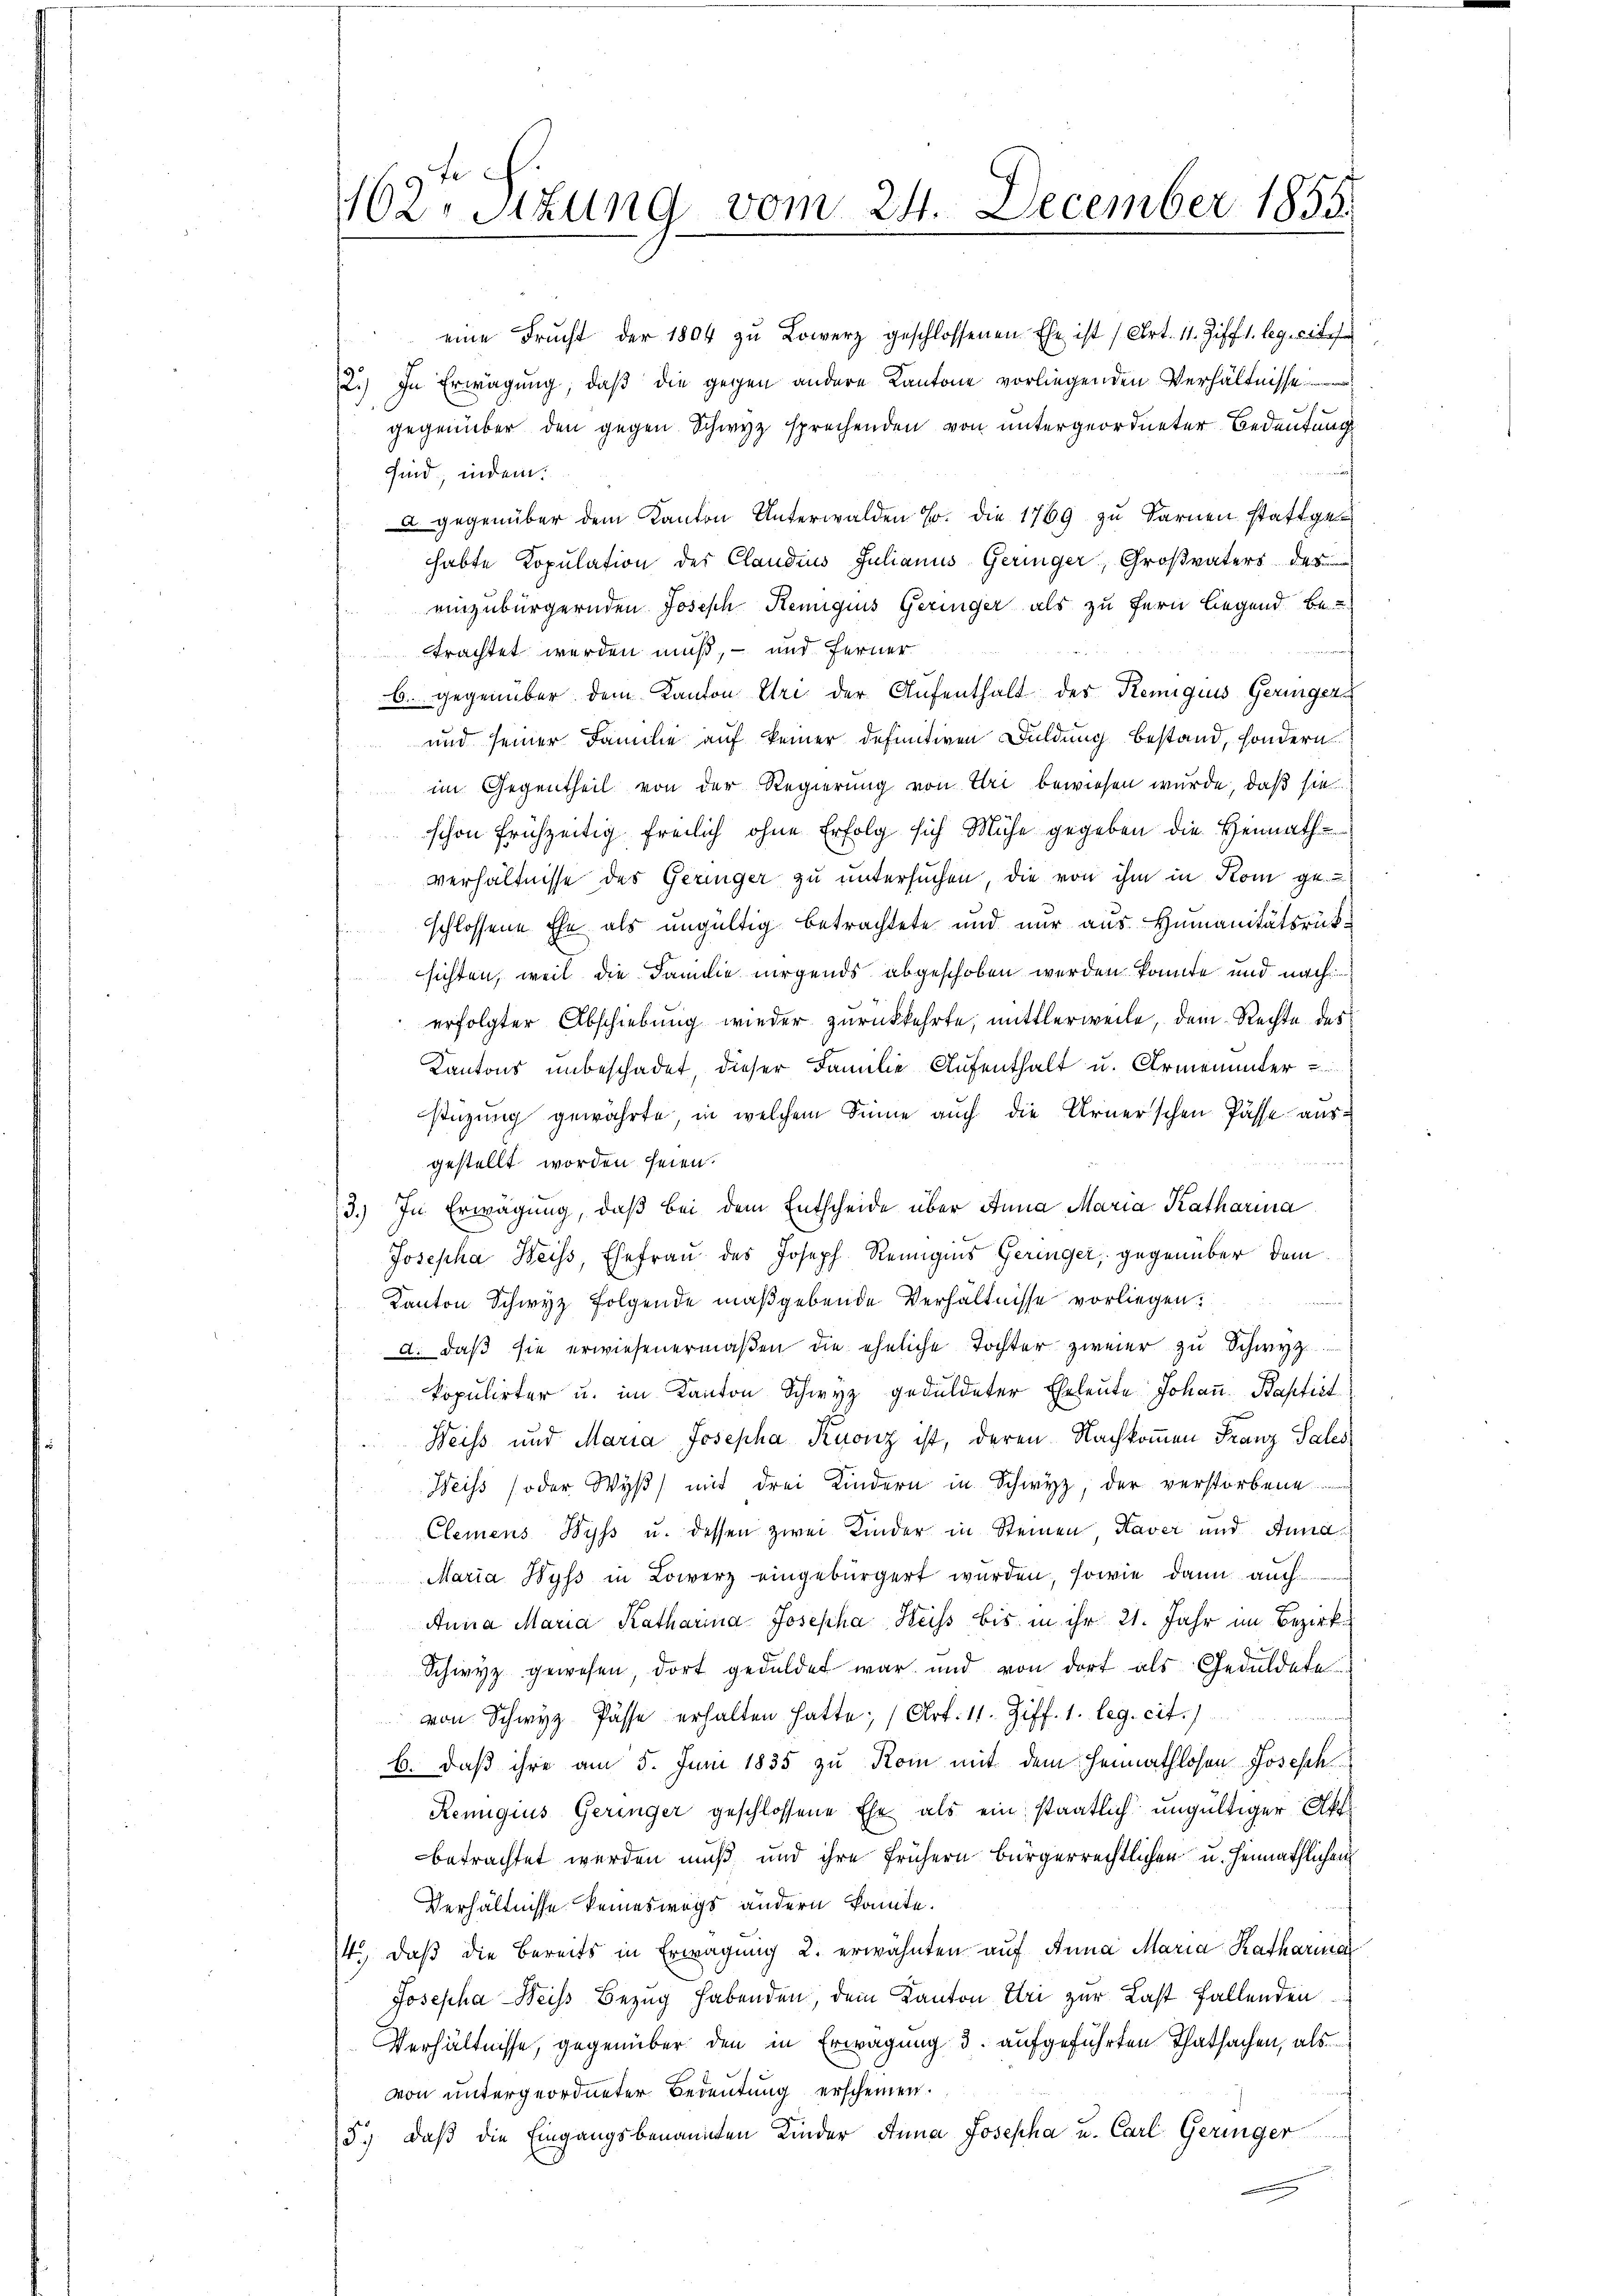
162. Sitzung vom 24. December 1855.

eine Frucht der 1804 zŭ Lowerz geschlossenen Ehe ist (Art. 11. Ziff 1. leg. rich
2.) In Erwägung, daβ die gegen andere Kantone vorliegenden Verhältnisse
gegenüber den gegen Schwyz sprechenden von untergeordneter Bedeutung
.
sind, indem:
u. gegenüber dem Kanton Unterwalden u. die 1769 zu Sarnen stattgehabte Kopulation der Claudius Julianus Geringer, Großvaters des
einzubürgernden Joseph Remigius Geringer als zu fern liegend be
trachtet werden muß, – und ferner
b. gegenüber dem Kanton Uri der Aufenthalt der Remigiis Geringer
und seiner Familie auf keiner definitiven Duldung bestand, sondern
im Gegentheil von der Regierung von Uri bewiesen wurde, daß sie
schon frühzeitig freilich ohne Erfolg sich Mühe gegeben die Heimath-
verhältnisse des Geringer zu untersuchen, die von ihm in Rom ge-
schlossene Ehe als ungültig betrachtete und nur aus. Humanitätsrück-
sichten, weil die Familie nirgends abgeschoben werden könnte und nach
erfolgter Abschiebung wieder zurückkehrte, mittlerweile, dem Rechte des
Kantons unbeschadet dieser Familie Aufenthalt u. Armenunter-
stüzung gewährte, in welchem Sinne auch die Urner’schen Pässe ausgestellt worden seien.
3.) In Erwägung, daβ bei dem Entscheide über Anna Maria Katharina
Josepha Weiss, Ehefrau des Joseph Reinigens Geringer, gegenüber dem
Kanton Schwyz folgende maßgebende Verhältnisse vorliegen:
d. daß sie erwiesenermaßen die eheliche Tochter zweier zu Schwyz
kopulirter u. im Kanton Schwyz geduldeter Eheleute Johaṅ Baptist
Heiss und Maria Josepha Kuonz ist, deren Nachkommen Franz Sales
Weiss (oder Wyß) mit drei Kindern in Schwyz, der verstorbene
Clemens Wyss u. dessen zwei Kinder in Steinen, Kaver und Anna
Maria Wyss in Lowerz eingebürgert wurden, sowie dann auch
Anna Maria Katharina Josepha Heiss bis in ihr 21. Jahr im Bezirk
Schwyz gewesen, dort geduldet war und von dort als Geduldete
von Schwyz Pässe erhalten hatte; (Art. 11. Ziff. 1. leg. cit.
b. daß ihre am 5. Juni 1835 zu Rom mit dem Heimathlosen Joseph
Remigius Geringer geschlossene Ehe als ein staatlich ungültiger Akt
betrachtet werden muß und ihre frühern bürgerrechtlichen u. heimathlichen
Verhältnisse keineswegs ändern konnte.
4., daß die bereits in Erwägung 2. erwähnten auf Anna Maria Katharina
Josepha Weiss Bezug habenden, dem Kanton Uri zur Last fallenden
Verhältnisse, gegenüber den in Erwägung 3. aufgeführten Thatsachen, als
von untergeordneter Bedeutung erscheinen.
d.) daß die Eingangsbenannten Kinder Anna Josepha u. Carl Geringer